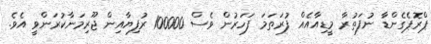
ޕްރޮޕެގެންޑާ ނުފަތުރާ މީޑިއާއެއް ފުރަތަމަ ފަހަރުން ވެސް 100000 ރުފިޔާއިން ޖޫރިމަނާކުރަންވީ އެވެ.